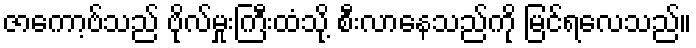
ဇာကော့ဗ်သည် ဗိုလ်မှုးကြီးထံသို့ စီးလာနေသည်ကို မြင်ရလေသည်။